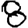
Digit: 8